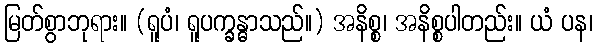
မြတ်စွာဘုရား။ (ရူပံ၊ ရူပက္ခန္ဓာသည်။) အနိစ္စ၊ အနိစ္စပါတည်း။ ယံ ပန၊